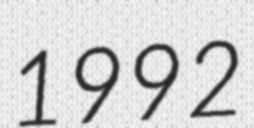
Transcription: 1992